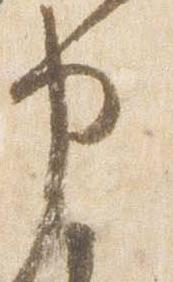
申